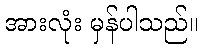
အားလုံး မှန်ပါသည်။